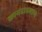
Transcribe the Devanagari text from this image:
कायदाप्रमाण